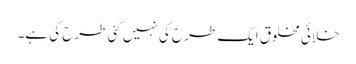
خلائی مخلوق ایک طرح کی نہیں کئی طرح کی ہے۔